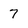
Character: 7